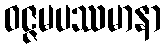
ဝဇ္ဇမပဿမာနာ